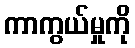
ကာကွယ်မှုကို